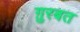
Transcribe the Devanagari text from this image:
ग़ुरबत